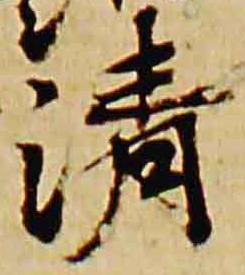
清